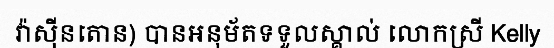
វ៉ាស៊ីនតោន) បានអនុម័តទទួលស្គាល់ លោកស្រី Kelly